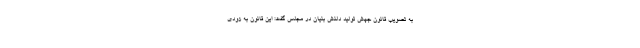
به تصویب قانون جهش تولید دلنش بنیان در مجلس گفت: این قانون به زودی